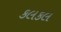
કલકલ